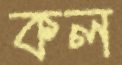
কল